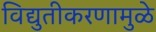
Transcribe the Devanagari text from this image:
विद्युतीकरणामुळे